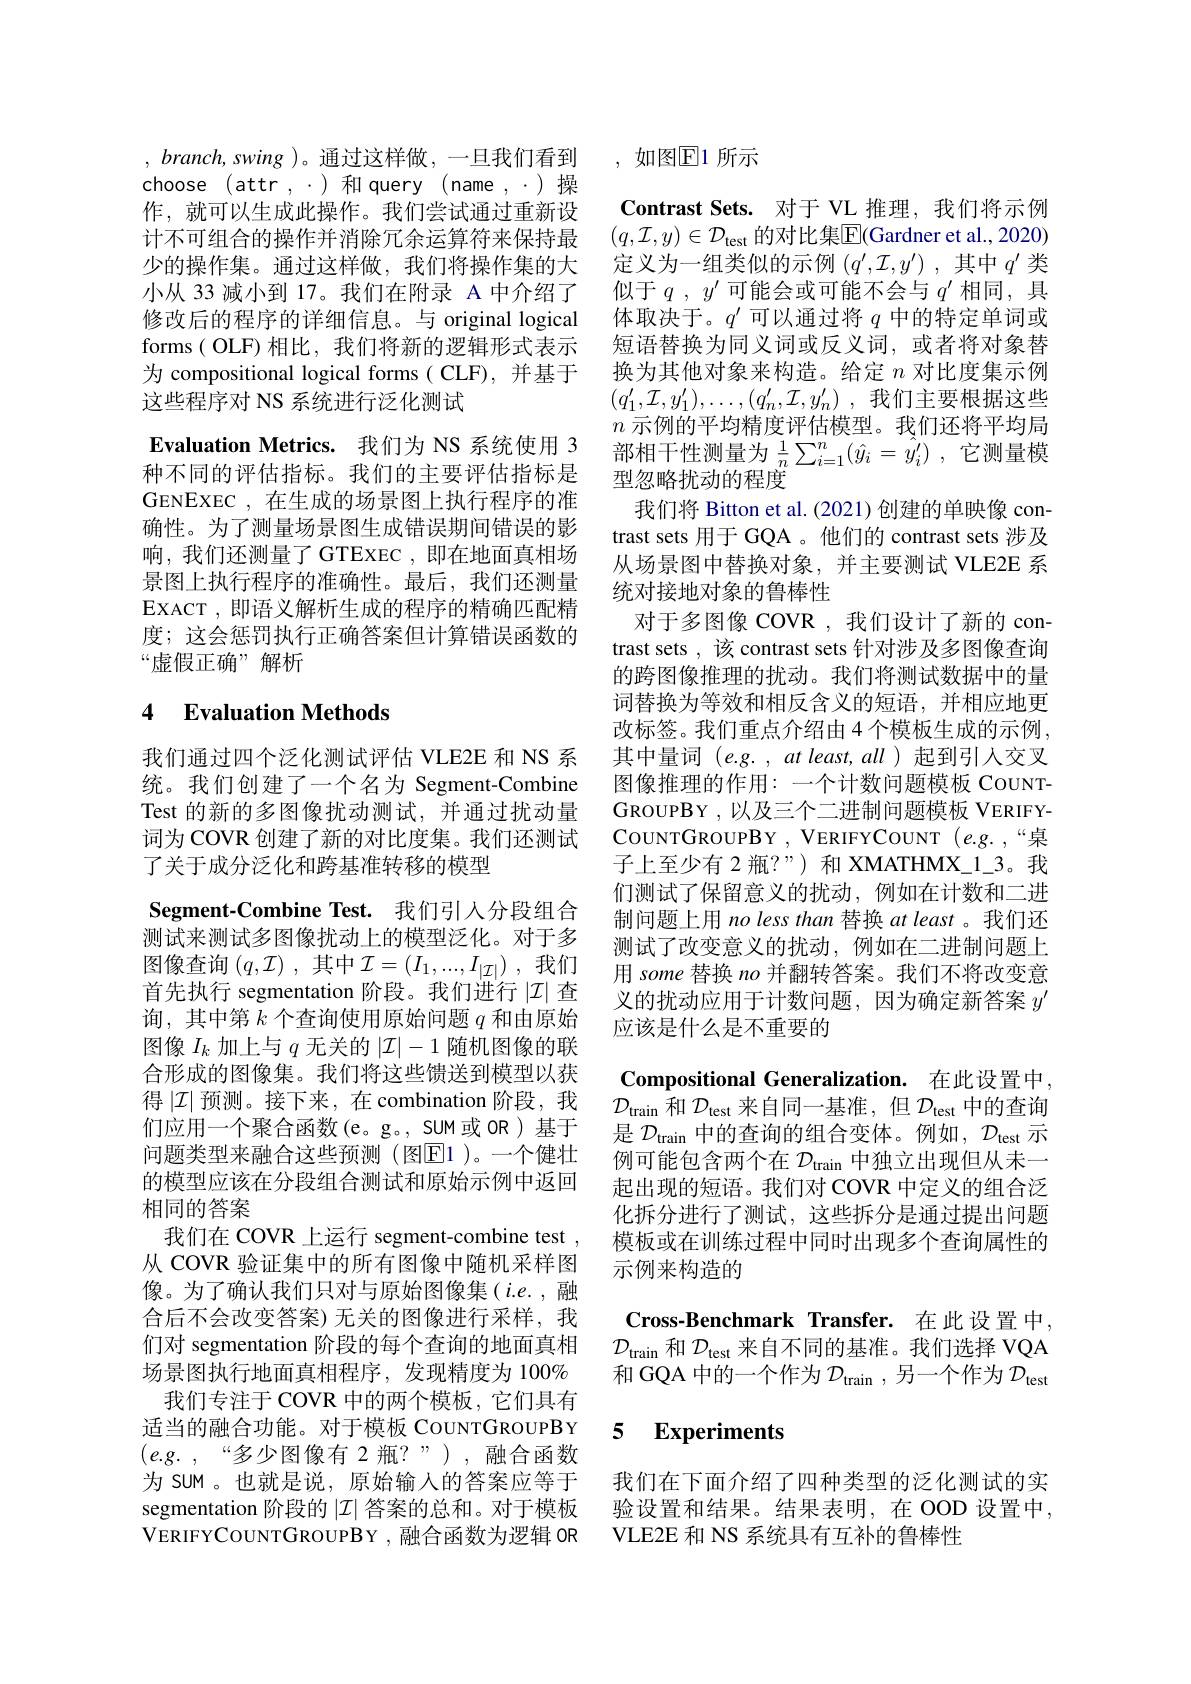
, $branch$, swing )。通过这样做，一旦我们看到choose (attr,.)和query (name,.)操作，就可以生成此操作。我们尝试通过重新设计不可组合的操作并消除冗余运算符来保持最少的操作集。通过这样做，我们将操作集的大小从 33 减小到 17。我们在附录 A 中介绍了修改后的程序的详细信息。与 original logical forms( OLF)相比，我们将新的逻辑形式表示为 compositional logical forms ( CLF), 并基于这些程序对 NS 系统进行泛化测试
Evaluation Metrics. 我们为 NS 系统使用 3种不同的评估指标。我们的主要评估指标是GENEXEC , 在生成的场景图上执行程序的准确性。为了测量场景图生成错误期间错误的影响，我们还测量了 GTEXEC ,即在地面真相场景图上执行程序的准确性。最后，我们还测量EXACT ,即语义解析生成的程序的精确匹配精度；这会惩罚执行正确答案但计算错误函数的“虚假正确”解析

## 4 Evaluation Methods

我们通过四个泛化测试评估 VLE2E 和 NS 系统。我们创建了一个名为 Segment-Combine Test 的新的多图像扰动测试，并通过扰动量词为 COVR 创建了新的对比度集。我们还测试了关于成分泛化和跨基准转移的模型
Segment-Combine Test. 我们引人分段组合测试来测试多图像扰动上的模型泛化。对于多图像查询$(q,\mathcal{I})$ ,其中$\mathcal{I}=(I_1,...,I_{|\mathcal{I}|})$ ,我们首先执行 segmentation 阶段。我们进行$|\mathcal{I}|$查询，其中第$k$个查询使用原始问题$q$和由原始图像$I_k$加上与$q$无关的$|\mathcal{I}|-1$随机图像的联合形成的图像集。我们将这些馈送到模型以获得$|\mathcal{I}|$预测。接下来，在 combination 阶段，我们应用一个聚合函数(e。g。, SUM或 OR)基于问题类型来融合这些预测(图$\boxed{\mathrm{E}}1)。一个健壮$ 的模型应该在分段组合测试和原始示例中返回相同的答案
我们在 COVR 上运行 segment-combine test , 从 COVR 验证集中的所有图像中随机采样图像。为了确认我们只对与原始图像集(i.e.,融合后不会改变答案) 无关的图像进行采样，我们对 segmentation 阶段的每个查询的地面真相场景图执行地面真相程序，发现精度为 100%
我们专注于 COVR 中的两个模板，它们具有适当的融合功能。对于模板 CouNTGROUPBY $(e.g.,“多少图像有2瓶？”),融合函数$ 为 SUM 。也就是说，原始输入的答案应等于segmentation 阶段的$|\mathcal{I}|$答案的总和。对于模板VERIFYCOUNTGROUPBY,融合函数为逻辑 OR

,如图E1 所示

Contrast Sets. 对于 VL 推理，我们将示例$( q, \mathcal{I} , y) \in \mathcal{D} _{\mathrm{test}}$的对比集$\overline\mathbb{E}($Gardner et al.,2020) 定义为一组类似的示例$(q^\prime,\mathcal{I},y^\prime)$ ,其中$q^\prime$类似于$q$ , $y^{\prime }$可能会或可能不会与$q^\prime$相同，具体取决于。$q^\prime$可以通过将$q$中的特定单词或短语替换为同义词或反义词，或者将对象替换为其他对象来构造。给定$n$对比度集示例$( q_1^{\prime }, \mathcal{I} , y_1^{\prime }) , \ldots , ( q_n^{\prime }, \mathcal{I} , y_n^{\prime })$ ,我们主要根据这些$n$示例的平均精度评估模型。我们还将平均局部相干性测量为$\frac 1n\sum _{i= 1}^n( \hat{y} _i= \hat{y} _i^{\prime })$ ,它测量模型忽略扰动的程度
我们将 Bitton et al.(2021)创建的单映像 contrast sets 用于 GQA 。他们的 contrast sets 涉及从场景图中替换对象，并主要测试 VLE2E 系统对接地对象的鲁棒性
对于多图像 COVR ,我们设计了新的 contrast sets , 该 contrast sets 针对涉及多图像查询的跨图像推理的扰动。我们将测试数据中的量词替换为等效和相反含义的短语，并相应地更改标签。我们重点介绍由 4 个模板生成的示例， 其中量词(e.g. , at least, all ) 起到引入交叉图像推理的作用：一个计数问题模板 COUNTGROUPBY ,以及三个二进制问题模板 VERIFYCouNTGROUPBY , VERIFYCOUNT $(e.g.,“$桌子上至少有 2瓶？”)和 XMATHMX\_1\_3。我们测试了保留意义的扰动，例如在计数和二进制问题上用 no less than 替换 at least 。我们还测试了改变意义的扰动，例如在二进制问题上用 some 替换$no$并翻转答案。我们不将改变意义的扰动应用于计数问题，因为确定新答案$y^{\prime}$ 应该是什么是不重要的
Compositional Generalization. 在此设置中，

${\mathcal{D}}_{\mathrm{train}}$和$\mathcal{D}_\mathrm{test}$来自同一基准，但$\mathcal{D}_\mathrm{test}$中的查询是$\mathcal{D}_\mathrm{train}$中的查询的组合变体。例如，$\mathcal{D}_\mathrm{test}$示例可能包含两个在$\mathcal{D}_\mathrm{train}$中独立出现但从未一起出现的短语。我们对 COVR 中定义的组合泛化拆分进行了测试，这些拆分是通过提出问题模板或在训练过程中同时出现多个查询属性的示例来构造的

Cross-Benchmark Transfer. 在此设置中$\mathcal{D}_{\mathrm{train}}$和$\mathcal{D}_\mathrm{test}$来自不同的基准。我们选择 VQA 和 GQA 中的一个作为$\mathcal{D}_\mathrm{train}$,另一个作为$\mathcal{D}_\mathrm{test}$

### 5 $\textbf{Experiments}$

我们在下面介绍了四种类型的泛化测试的实验设置和结果。结果表明，在 OOD 设置中， VLE2E 和 NS 系统具有互补的鲁棒性